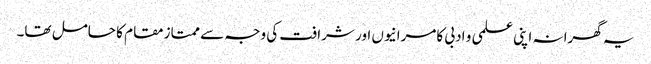
یہ گھرانہ اپنی علمی و ادبی کامرانیوں اور شرافت کی وجہ سے ممتاز مقام کا حامل تھا۔